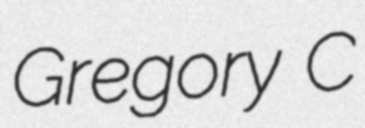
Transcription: Gregory C